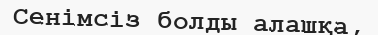
Сенімсіз болды алашқа,